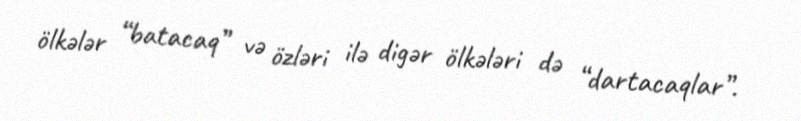
ölkələr “batacaq” və özləri ilə digər ölkələri də “dartacaqlar”.